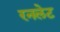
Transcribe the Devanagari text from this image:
रनलेट